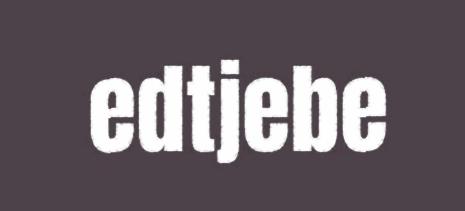
edtjebe